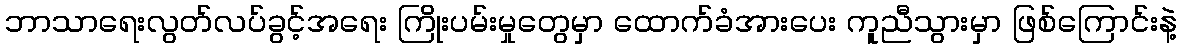
ဘာသာရေးလွတ်လပ်ခွင့်အရေး ကြိုးပမ်းမှုတွေမှာ ထောက်ခံအားပေး ကူညီသွားမှာ ဖြစ်ကြောင်းနဲ့